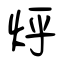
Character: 烀